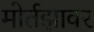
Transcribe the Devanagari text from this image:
मोर्तझावर